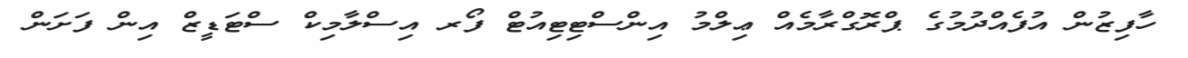
ހާފިޒުން އުފެއްދުމުގެ ޕްރޮގްރާމެއް ޢިލްމު އިންސްޓިޓިއުޓް ފޯރ އިސްލާމިކް ސްޓަޑީޒް އިން ފަށަން